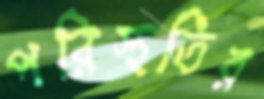
পরিস্থতির